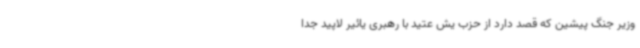
وزیر جنگ پیشین که قصد دارد از حزب یش عتید با رهبری یائیر لاپید جدا